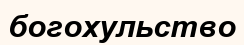
богохульство